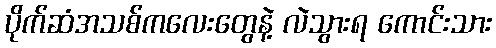
ပိုက်ဆံအသစ်ကလေးတွေနဲ့ လဲသွားရ ကောင်းသား